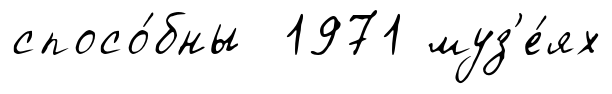
спосо́бны 1971 муз'е́ях